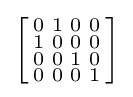
\left[{\begin{smallmatrix}0&1&0&0\\1&0&0&0\\0&0&1&0\\0&0&0&1\\\end{smallmatrix}}\right]